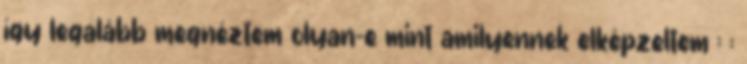
így legalább megnéztem olyan-e mint amilyennek elképzeltem : :